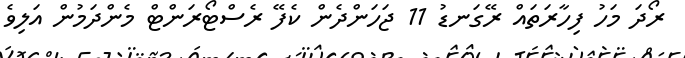
ރޯދަ މަހު ފިހާރަތައް ރޭގަނޑު 11 ޖަހަންދެން ކެފޭ ރެސްޓޯރަންޓް މެންދަމުން އަލިވެ